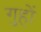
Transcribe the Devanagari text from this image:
गुहों